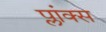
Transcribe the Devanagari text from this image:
प्लांक्स